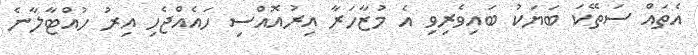
އެތައް ސަަތޭކަ ބަޔަކު ބައިވެރިވި އެ މުޒާހަރާ އިރުއޮއްސި ހައެއްޖެހި އިރު ހުއްޓާލާނެ